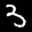
Label: 3